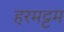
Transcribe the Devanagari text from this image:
हरमट्टम